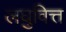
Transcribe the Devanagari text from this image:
लघुवित्त